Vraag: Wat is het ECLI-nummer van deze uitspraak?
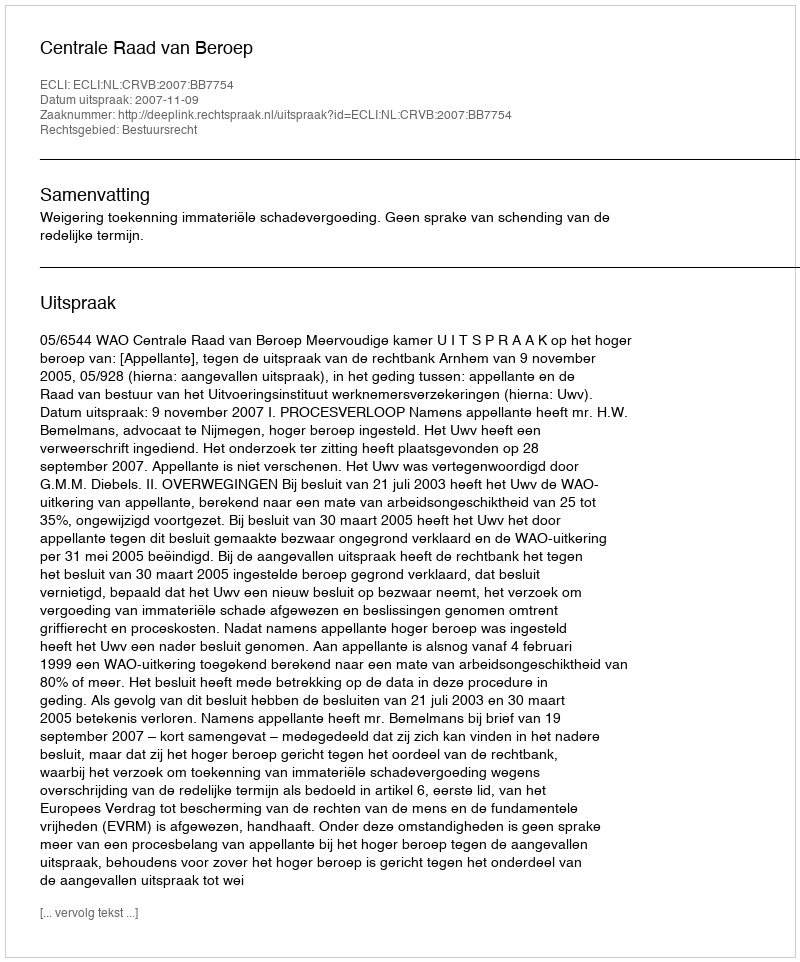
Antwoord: ECLI:NL:CRVB:2007:BB7754